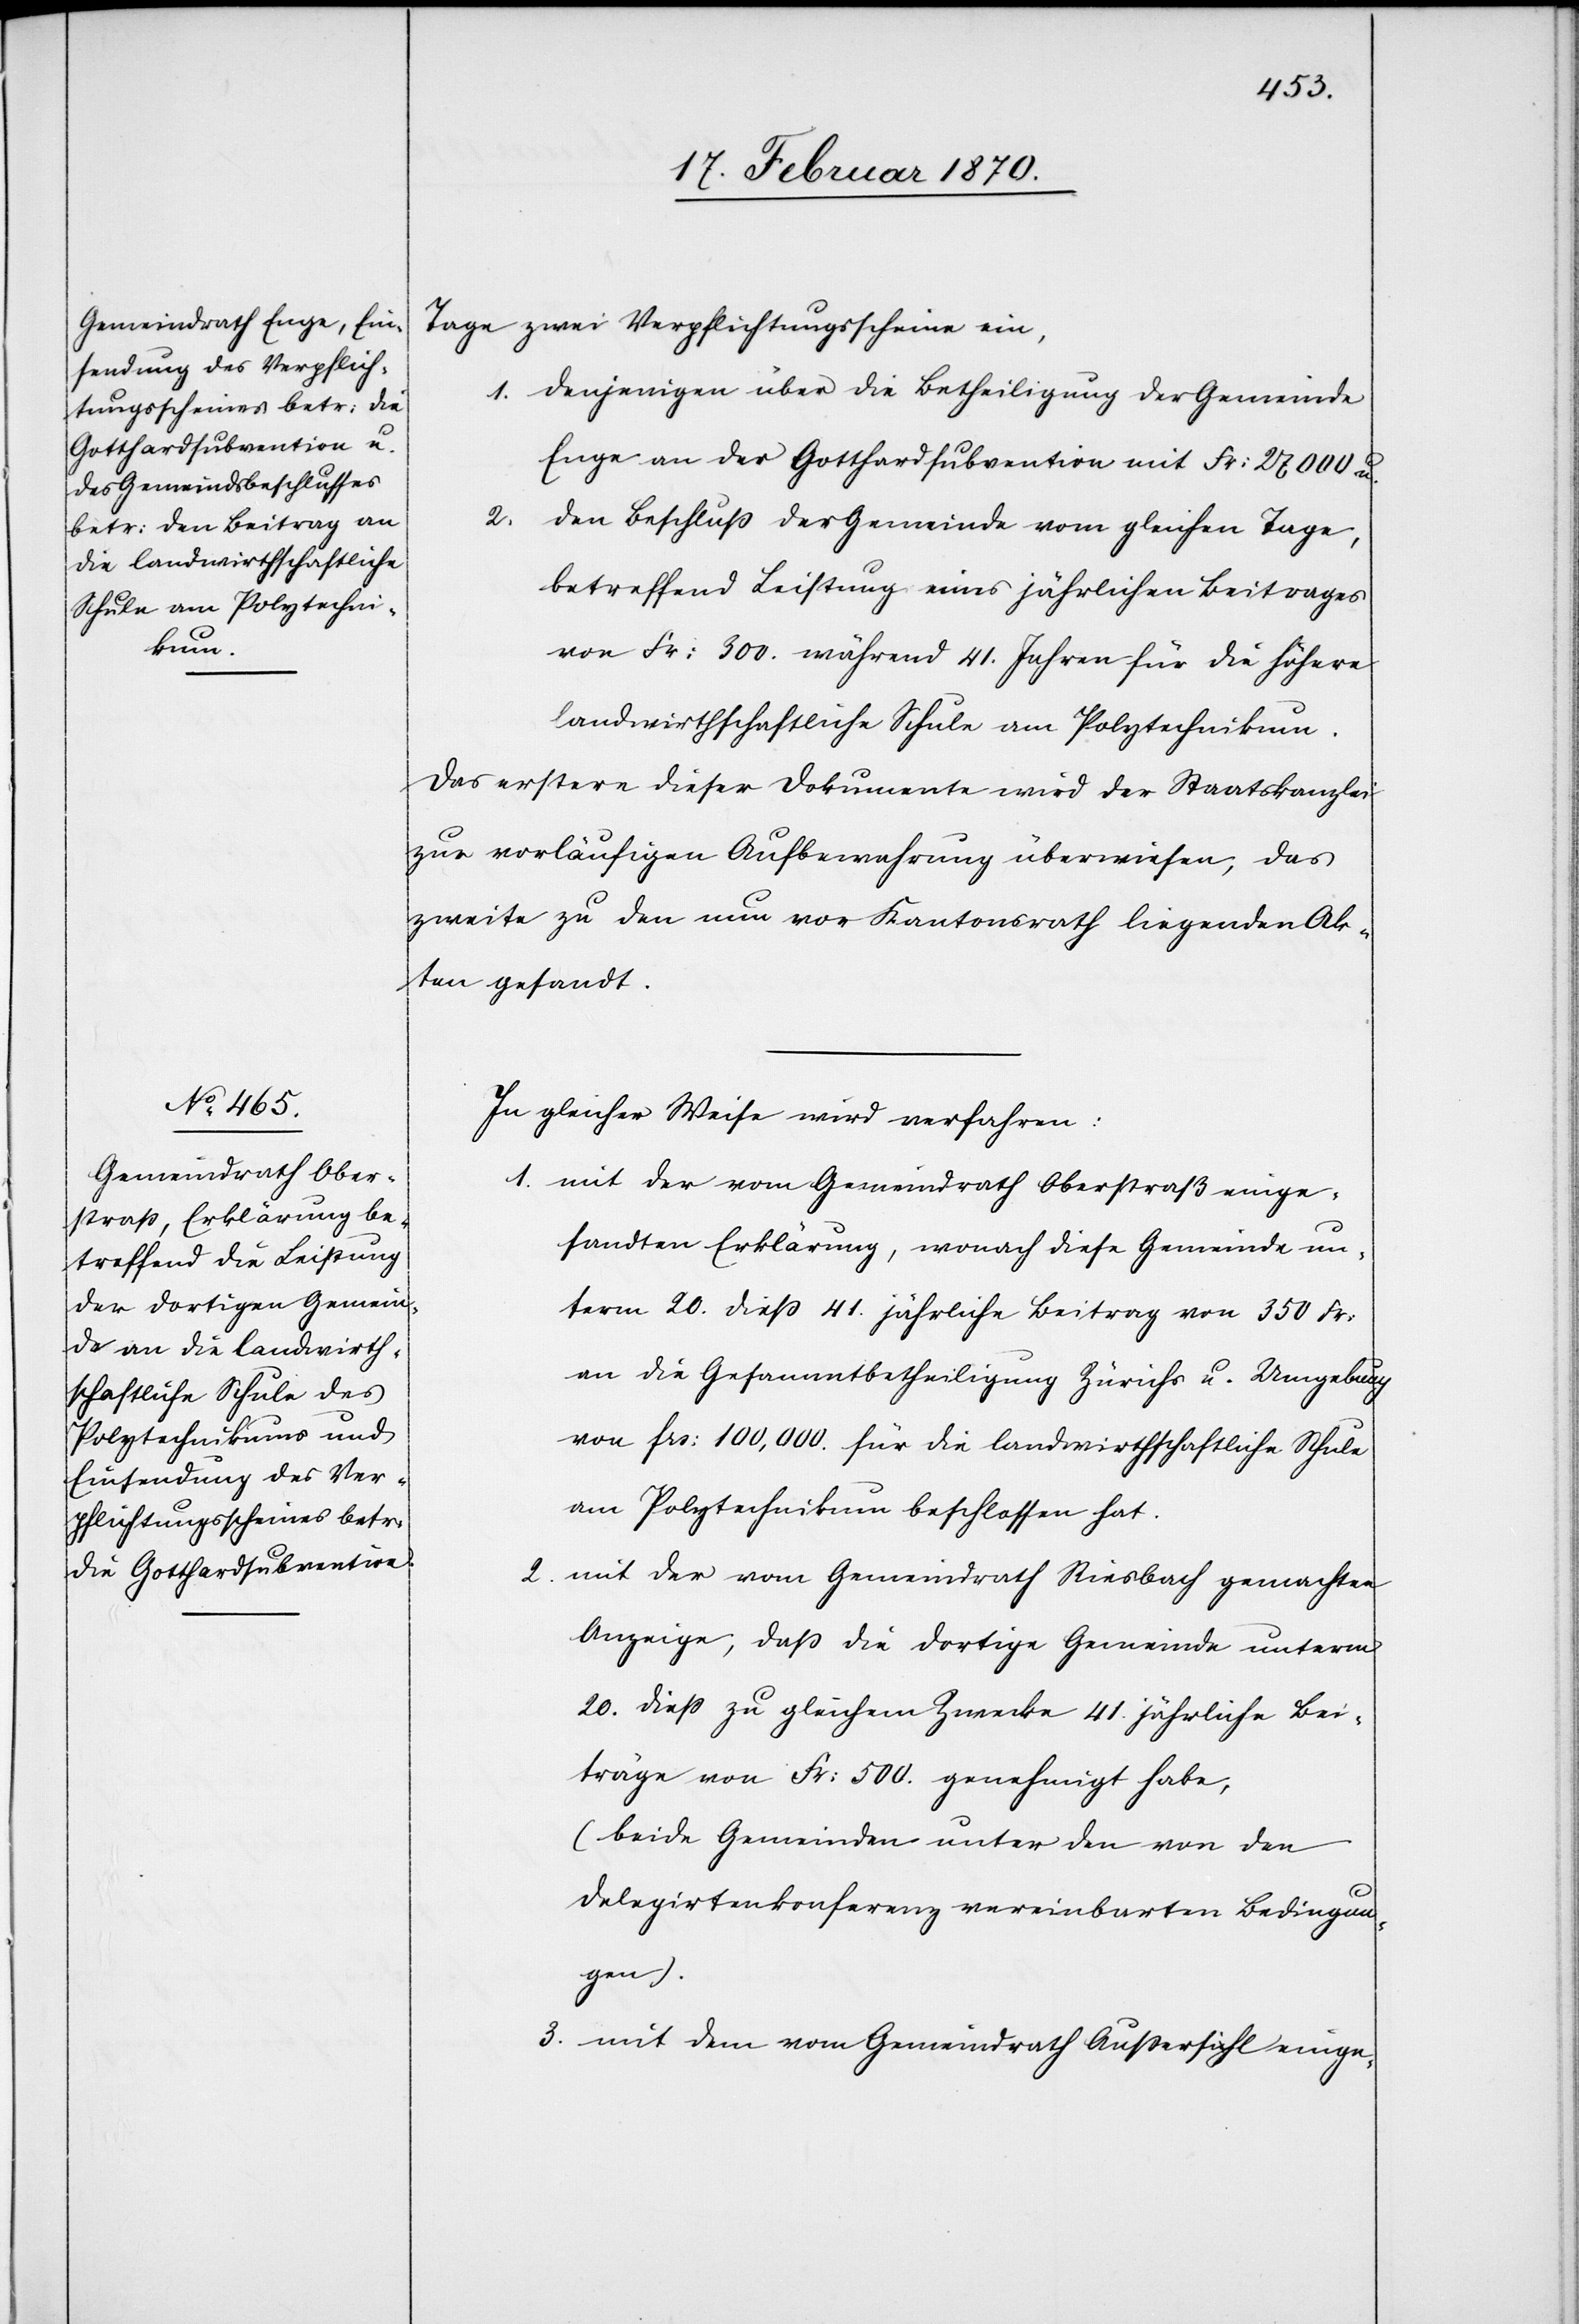
21. Februar 1870.]
Tage zwei Verpflichtungsscheine ein,
1. denjenigen über die Betheiligung der Gemeinde
Enge an der Gotthardsubvention mit Fr: 27 000 u.
2.
den Beschluß der Gemeinde vom gleichen Tage,
betreffend Leistung eines jährlichen Beitrages
von Fr: 300. während 41. Jahren für die höhere
landwirthschaftliche Schule am Polytechnikum.
Das erstere dieser Dokumente wird der Staatskanzlei
zur vorläufigen Aufbewahrung überwiesen, das
zweite zu den nun vor Kantonsrath liegenden Ak¬
ten gesandt.
In gleicher Weise wird verfahren:
1. mit der vom Gemeindrath Oberstraß einge¬
sandten Erklärung, wonach diese Gemeinde un¬
term 20. dieß 41. jährliche Beitrag von 350 Fr:
an die Gesammtbetheiligung Zürichs u. Umgebung
von frs: 100,000. für die landwirthschaftliche Schule
am Polytechnikum beschlossen hat.
2. mit der vom Gemeindrath Riesbach gemachten
Anzeige, daß die dortige Gemeinde unterm
20. dieß zu gleichem Zwecke 41. jährliche Bei¬
träge von Fr: 500. genehmigt habe,
(beide Gemeinden unter den von den
Delegirtenkonferenz vereinbarten Bedingun¬
gen).
3. mit dem vom Gemeindrath Außersihl einge-